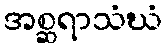
အစ္ဆရာသံဃံ